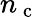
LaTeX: n_{\mathrm{~c~}}